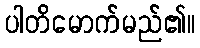
ပါတိမောက်မည်၏။